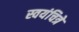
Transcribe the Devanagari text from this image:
स्वयंचित्रे